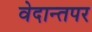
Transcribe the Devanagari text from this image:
वेदान्तपर